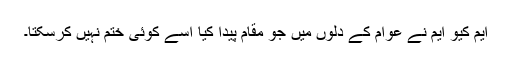
ایم کیو ایم نے عوام کے دلوں میں جو مقام پیدا کیا اسے کوئی ختم نہیں کرسکتا۔